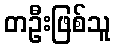
တဦးဖြစ်သူ